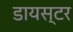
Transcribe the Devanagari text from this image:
डायस्टर